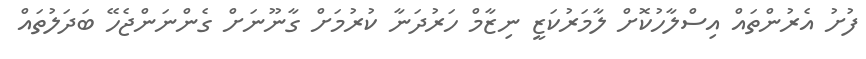
ފުށު އެރުންތައް އިސްލާހުކޮށް ލާމަރުކަޒީ ނިޒާމް ހަރުދަނާ ކުރުމަށް ގާނޫނަށް ގެންނަންޖެހޭ ބަދަލުތައް